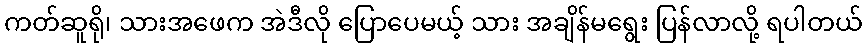
ကတ်ဆူရို၊ သားအဖေက အဲဒီလို ပြောပေမယ့် သား အချိန်မရွေး ပြန်လာလို့ ရပါတယ်